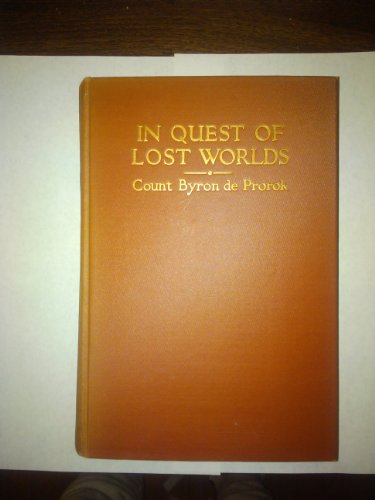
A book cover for In quest of lost worlds,; Byron Khun de Prorok; Travel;